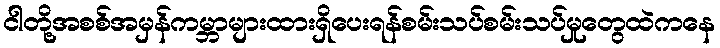
ငါတို့အစစ်အမှန်ကမ္ဘာများထားရှိပေးရန်စမ်းသပ်စမ်းသပ်မှုတွေထဲကနေ